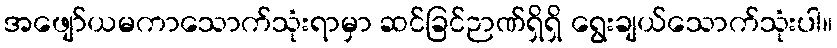
အဖျော်ယမကာသောက်သုံးရာမှာ ဆင်ခြင်ဉာဏ်ရှိရှိ ရွေးချယ်သောက်သုံးပါ။